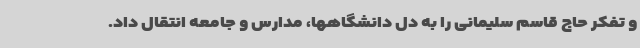
و تفکر حاج قاسم سلیمانی را به دل دانشگاهها، مدارس و جامعه انتقال داد.